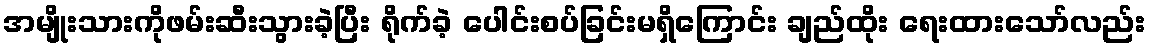
အမျိုးသားကိုဖမ်းဆီးသွားခဲ့ပြီး ရိုက်ခဲ့ ပေါင်းစပ်ခြင်းမရှိကြောင်း ချည်ထိုး ရေးထားသော်လည်း